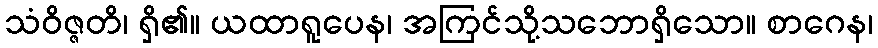
သံဝိဇ္ဇတိ၊ ရှိ၏။ ယထာရူပေန၊ အကြင်သို့သဘောရှိသော။ စာဂေန၊